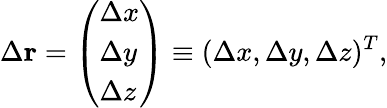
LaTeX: \Delta\mathbf{r}=\left(\begin{array}{l}{\Delta x}\\ {\Delta y}\\ {\Delta z}\end{array}\right)\equiv(\Delta x,\Delta y,\Delta z)^{T},